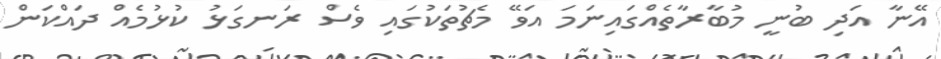
އޭނާ އަދި ބުނީ މުބާރާތެއްގައިނަމަ އަވޭ މެޗުތަކުގައި ވެސް ރަނގަޅު ކުޅުމެއް ދައްކަން